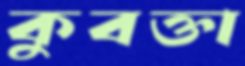
কুবক্তা